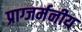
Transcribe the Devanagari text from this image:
प्राग्जर्मनीय